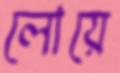
লোয়ে